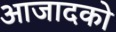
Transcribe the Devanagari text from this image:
आजादको